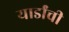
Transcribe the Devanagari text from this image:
यार्डांची